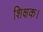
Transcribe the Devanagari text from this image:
शिक्षक।